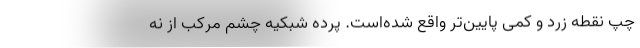
چپ نقطه زرد و کمی پایین‌تر واقع شده‌است. پرده شبکیه چشم مرکب از نه